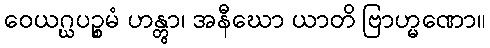
ဝေယဂ္ဃပဉ္စမံ ဟန္တွာ၊ အနီဃော ယာတိ ဗြာဟ္မဏော။